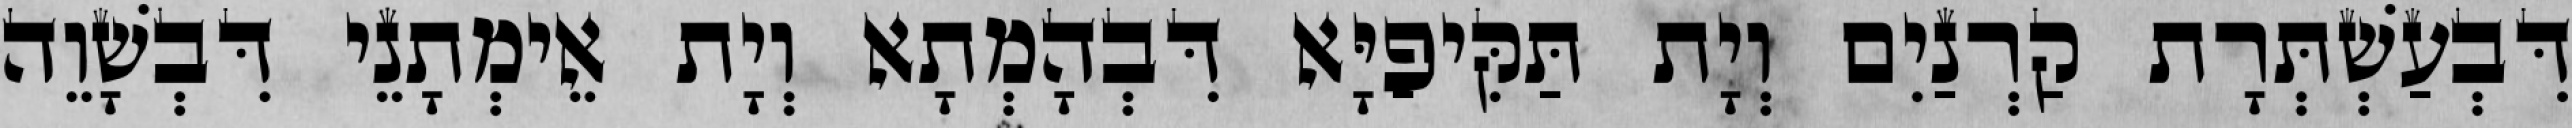
דִּבְעַשְׁתְּרָת קַרְנַיִם וְיָת תַּקִּיפַיָּא דִּבְהָמְתָא וְיָת אֵימְתָנֵי דִּבְשָׁוֵה